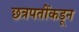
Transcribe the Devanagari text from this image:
छत्रपतींकडून